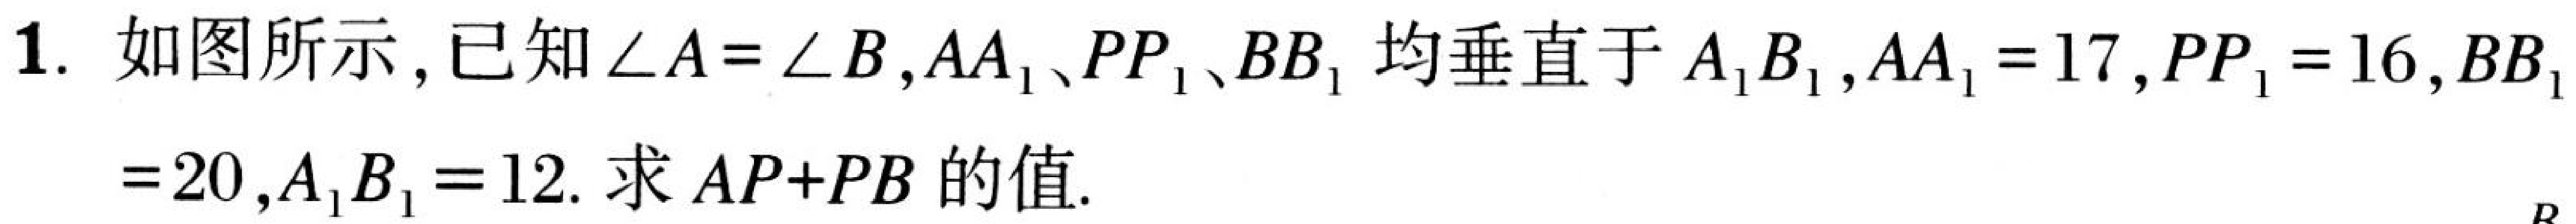
1. 如图所示，已知$\angle A=\angle B$,$AA_{1}$、$PP_{1}$、$BB_{1}$均垂直于$A_{1}B_{1}$,$AA_{1}=17$,$PP_{1}=16$,$BB_{1}$
$=20$,$A_{1}B_{1}=12$. 求$AP + PB$的值.